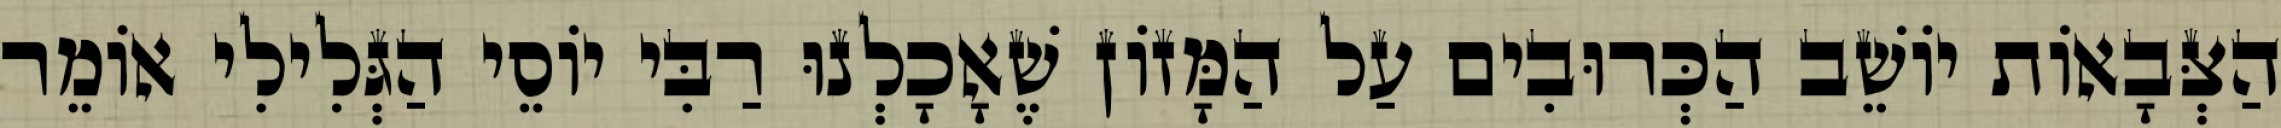
הַצְּבָאוֹת יוֹשֵׁב הַכְּרוּבִים עַל הַמָּזוֹן שֶׁאָכָלְנוּ רַבִּי יוֹסֵי הַגְּלִילִי אוֹמֵר